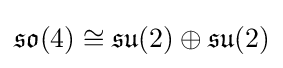
{\mathfrak {so}}(4)\cong {\mathfrak {su}}(2)\oplus {\mathfrak {su}}(2)